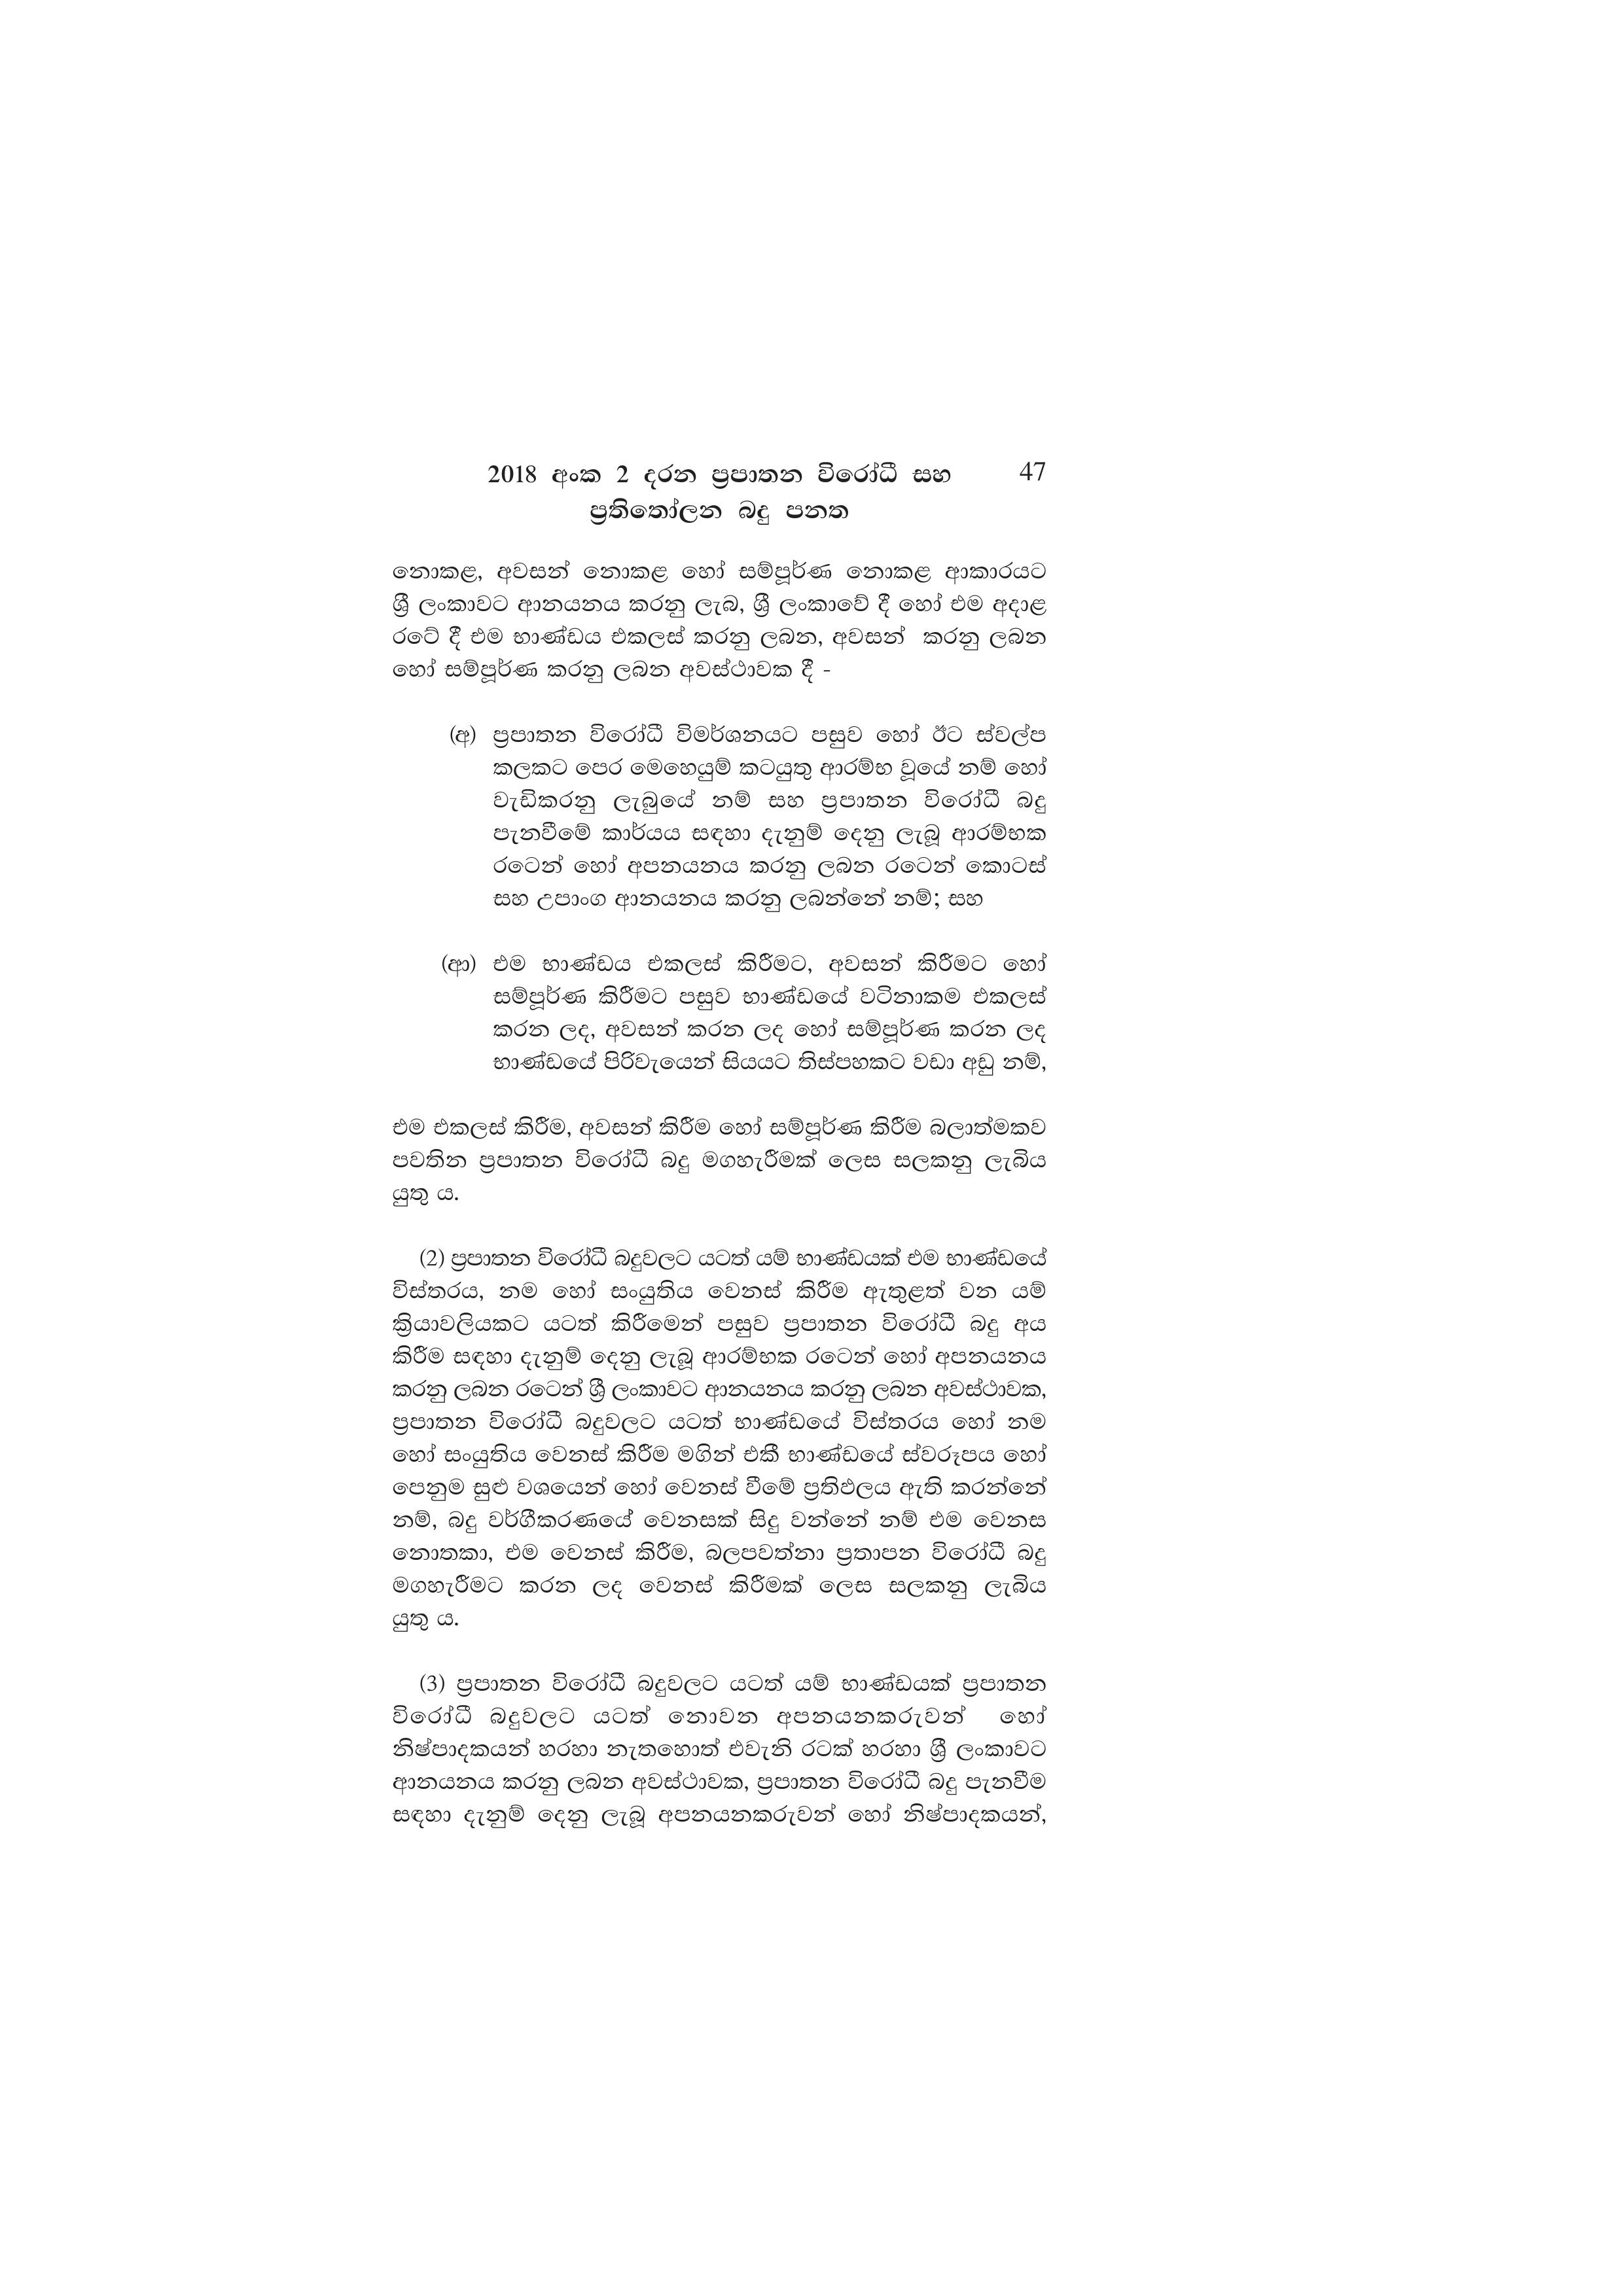
2018 අංක 2 දරන ප්‍රපාතන විරෝධී සහ 47
ප්‍රතිතෝලන බදු පනත

නොකළ, අවසන් නොකළ හෝ සම්පූර්ණ නොකළ ආකාරයට
ශ්‍රී ලංකාවට ආනයනය කරනු ලැබ, ශ්‍රී ලංකාවේ දී හෝ එම අදාළ
රටේ දී එම භාණ්ඩය එකලස් කරනු ලබන, අවසන් කරනු ලබන
හෝ සම්පූර්ණ කරනු ලබන අවස්ථාවක දී -

(අ) ප්‍රපාතන විරෝධී විමර්ශනයට පසුව හෝ ඊට ස්වල්ප
කලකට පෙර මෙහෙයුම් කටයුතු ආරම්භ වූයේ නම් හෝ
වැඩිකරනු ලැබුයේ නම් සහ ප්‍රපාතන විරෝධී බදු
පැනවීමේ කාර්යය සඳහා දැනුම් දෙනු ලැබූ ආරම්භක
රටෙන් හෝ අපනයනය කරනු ලබන රටෙන් කොටස්
සහ උපාංග ආනයනය කරනු ලබන්නේ නම්; සහ

(ආ) එම භාණ්ඩය එකලස් කිරීමට, අවසන් කිරීමට හෝ
සම්පූර්ණ කිරීමට පසුව භාණ්ඩයේ වටිනාකම එකලස්
කරන ලද, අවසන් කරන ලද හෝ සම්පූර්ණ කරන ලද
භාණ්ඩයේ පිරිවැයෙන් සියයට තිස්පහකට වඩා අඩු නම්,

එම එකලස් කිරීම, අවසන් කිරීම හෝ සම්පූර්ණ කිරීම බලාත්මකව
පවතින ප්‍රපාතන විරෝධී බදු මගහැරීමක් ලෙස සලකනු ලැබිය
යුතු ය.

(2) ප්‍රපාතන විරෝධී බදුවලට යටත් යම් භාණ්ඩයක් එම භාණ්ඩයේ
විස්තරය, නම හෝ සංයුතිය වෙනස් කිරීම ඇතුළත් වන යම්
ක්‍රියාවලියකට යටත් කිරීමෙන් පසුව ප්‍රපාතන විරෝධී බදු අය
කිරීම සඳහා දැනුම් දෙනු ලැබූ ආරම්භක රටෙන් හෝ අපනයනය
කරනු ලබන රටෙන් ශ්‍රී ලංකාවට ආනයනය කරනු ලබන අවස්ථාවක,
ප්‍රපාතන විරෝධී බදුවලට යටත් භාණ්ඩයේ විස්තරය හෝ නම
හෝ සංයුතිය වෙනස් කිරීම මගින් එකී භාණ්ඩයේ ස්වරූපය හෝ
පෙනුම සුළු වශයෙන් හෝ වෙනස් වීමේ ප්‍රතිඵලය ඇති කරන්නේ
නම්, බදු වර්ගීකරණයේ වෙනසක් සිදු වන්නේ නම් එම වෙනස
නොතකා, එම වෙනස් කිරීම, බලපවත්නා ප්‍රතාපන විරෝධී බදු
මගහැරීමට කරන ලද වෙනස් කිරීමක් ලෙස සලකනු ලැබිය
යුතු ය.

(3) ප්‍රපාතන විරෝධී බදුවලට යටත් යම් භාණ්ඩයක් ප්‍රපාතන
විරෝධී බදුවලට යටත් නොවන අපනයනකරුවන් හෝ
නිෂ්පාදකයන් හරහා නැතහොත් එවැනි රටක් හරහා ශ්‍රී ලංකාවට
ආනයනය කරනු ලබන අවස්ථාවක, ප්‍රපාතන විරෝධී බදු පැනවීම
සඳහා දැනුම් දෙනු ලැබූ අපනයනකරුවන් හෝ නිෂ්පාදකයන්,